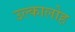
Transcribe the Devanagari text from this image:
उल्कालोह